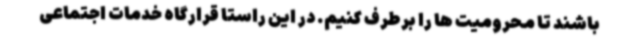
باشند تا محرومیت ها را برطرف کنیم. در این راستا قرارگاه خدمات اجتماعی